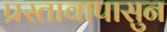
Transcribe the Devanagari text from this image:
प्रस्तावापासुन